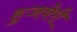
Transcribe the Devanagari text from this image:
हुजवेरी